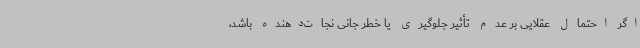
اگر احتمال عقلایی بر عدم تأثیر جلوگیری یا خطر جانی نجات‌دهنده باشد،